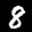
Label: 8